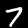
Label: 7